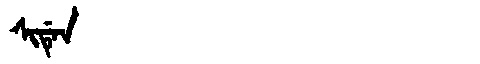
Manchu: ᠰᡳᡩᡝᠨ
Romanization: SIDEN